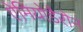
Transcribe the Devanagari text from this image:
ऐमियोडैरोन